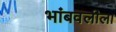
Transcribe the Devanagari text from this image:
भांबवलीला